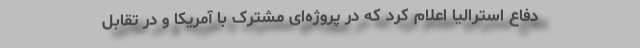
دفاع استرالیا اعلام کرد که در پروژه‌ای مشترک با آمریکا و در تقابل